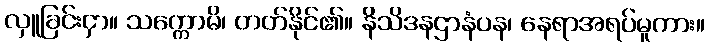
လှူခြင်းငှာ။ သက္ကောမိ၊ တတ်နိုင်၏။ နိသိဒနဌာနံပန၊ နေရာအရပ်မူကား။